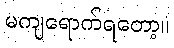
မကျရောက်ရတော့။